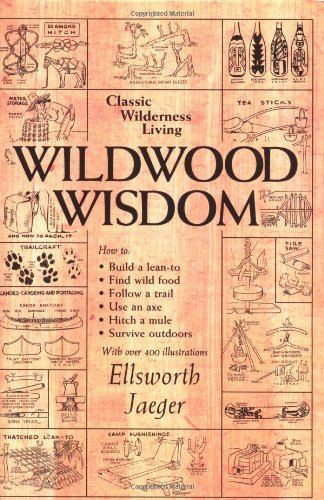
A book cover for Wildwood Wisdom; Ellsworth Jaeger; Crafts, Hobbies & Home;